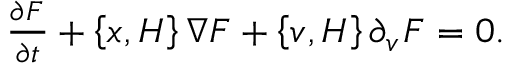
\begin{array} { r } { \frac { \partial F ^ { } } { \partial t } + \left\{ x ^ { } , H ^ { } \right\} \nabla F ^ { } + \left\{ v ^ { } , H ^ { } \right\} \partial _ { v ^ { } } F ^ { } = 0 . } \end{array}